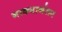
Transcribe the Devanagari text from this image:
नाक्यानंतर